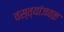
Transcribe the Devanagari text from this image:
वस्त्यांजवळ